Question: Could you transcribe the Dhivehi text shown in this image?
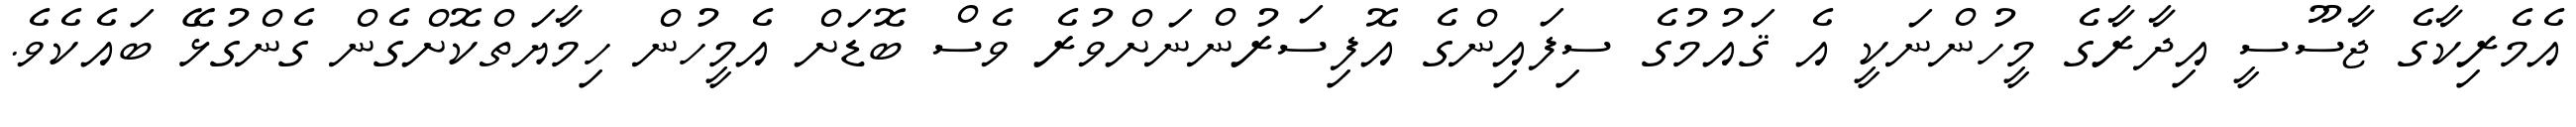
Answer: އެމެރިކާގެ ޖާސޫސީ އިދާރާގެ މީހުންނަކީ އެ ޤައުމުގެ ސިފައިންގެ އޮފިސަރުންނަށްވުރެ ވެސް ބޮޑަށް އެމީހުން ހިމާޔަތްކޮށްގެން ގެންގުޅޭ ބައެކެވެ.